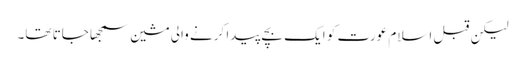
لیکن قبل اسلام عورت کو ایک بچے پیدا کرنے والی مشین سمجھا جاتا تھا۔